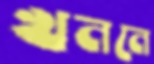
খননে